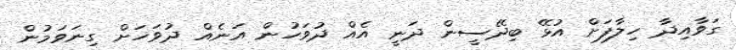
ގަވާއިދާ ހިލާފަށް އުޅޭ ބިދޭސީން ދަނީ އެއް ދުވަހުން އަނެއް ދުވަހަށް ގިނަވަމުން